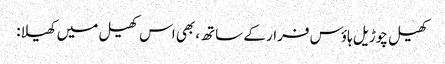
کھیل چوڑیل ہاؤس فرار کے ساتھ، بھی اس کھیل میں کھیلا: